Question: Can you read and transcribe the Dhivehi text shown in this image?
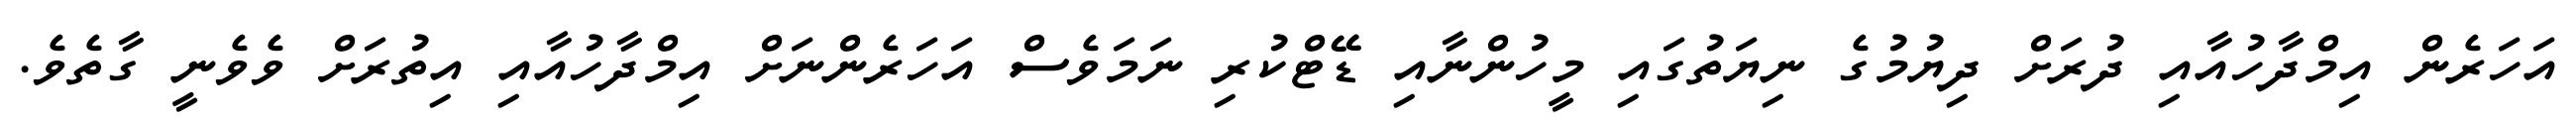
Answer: އަހަރެން އިމްދާހުއާއި ދުރަށް ދިޔުމުގެ ނިޔަތުގައި މީހުންނާއި ޑޭޓްކުރި ނަމަވެސް އަހަރެންނަށް އިމްދާހުއާއި އިތުރަށް ވެވެނީ ގާތެވެ.